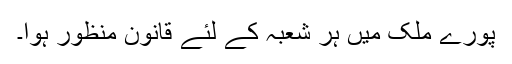
پورے ملک میں ہر شعبہ کے لئے قانون منظور ہوا۔